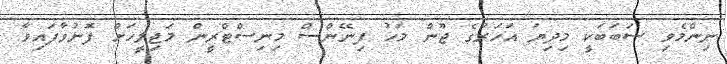
ނިންމެވި ސަބަބަކީ މިދިޔަ އަހަރުގެ ޖޫން މަހު ފިނޭންސް މިނިސްޓްރީން މަޖިލީހަށް ފޮނުވާފައިވާ